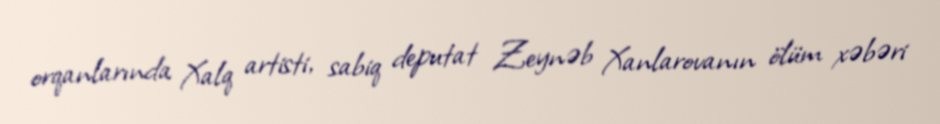
orqanlarında Xalq artisti, sabiq deputat Zeynəb Xanlarovanın ölüm xəbəri